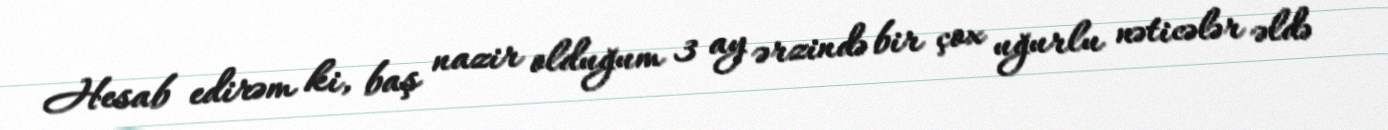
Hesab edirəm ki, baş nazir olduğum 3 ay ərzində bir çox uğurlu nəticələr əldə